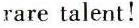
rare talent!